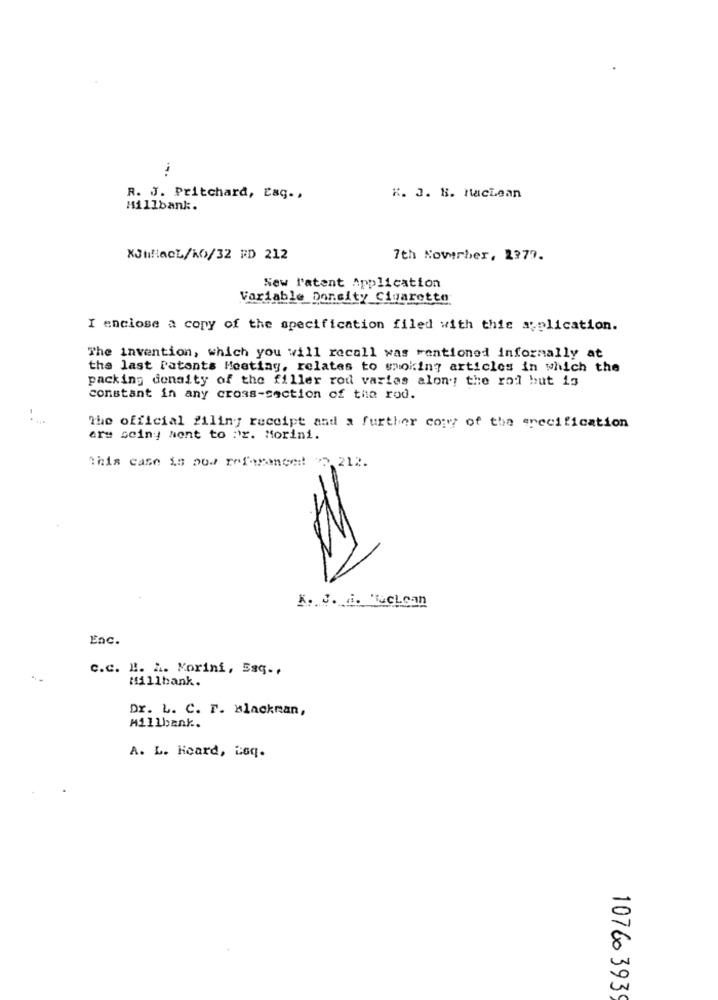
R. J. Pritchard, Lag .,
K. 3. 8. Maclean
Hillbank.
XJuillacL/KO/32 RD 212
7th November, 2370.
New Patent Application
Variable Doncity Cigarette
I enclose a copy of the specification filed with this application.
The invention, which you will recall was mentioned informally at
the last Patents Meeting, relates to smoking articles in which the
packing donaity of the filler rod varias alon .; the rod but is
constant in any cross-section of the rod.
the official filing receipt and a further copy of the specification
are seiny went to ir. Morini.
this case is pod referenced! "2 212.
K. J. A. Toclean
Enc.
c.c. H. A. Morini, 5sq -,
Millbank.
Dr. L. C. F. Blackman,
Millbank ..
A. L. Hoard, Loq.
10760 393